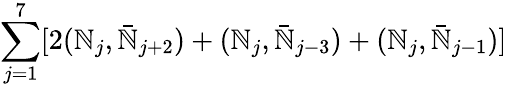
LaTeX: \sum_{j=1}^{7}[2(\mathbb{N}_{j},\bar{{\mathbb{N}}}_{j+2})+(\mathbb{N}_{j},\bar{{\mathbb{N}}}_{j-3})+(\mathbb{N}_{j},\bar{{\mathbb{N}}}_{j-1})]